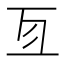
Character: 𠄣